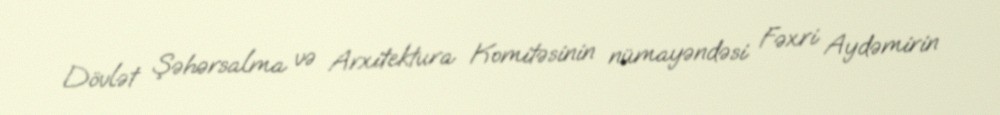
Dövlət Şəhərsalma və Arxitektura Komitəsinin nümayəndəsi Fəxri Aydəmirin